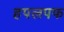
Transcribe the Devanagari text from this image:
हपलपफ